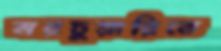
মরচুয়ারিতে